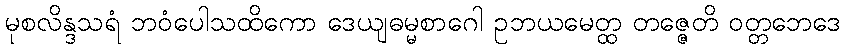
မုစလိန္ဒသရံ ဘဝံပေါသထိကော ဒေယျဓမ္မစာဂေါ ဥဘယမေတ္ထ တဇ္ဇေတိ ဝတ္တဘေဒေ